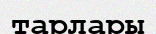
тарлары